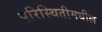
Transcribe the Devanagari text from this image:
परिस्थितीमधील